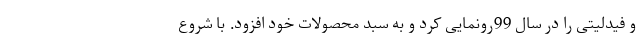
و فیدلیتی را در سال 99رونمایی کرد و به سبد محصولات خود افزود. با شروع